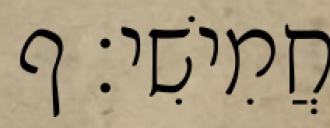
חֲמִישִׁי׃ ף